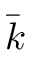
\bar { k }